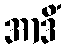
အာဒိံ